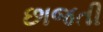
છાજતી